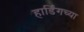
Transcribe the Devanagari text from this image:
हार्डिंगच्या